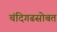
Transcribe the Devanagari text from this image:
चंदिगढसोबत